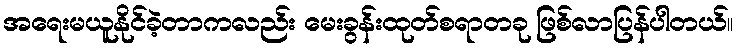
အရေးမယူနိုင်ခဲ့တာကလည်း မေးခွန်းထုတ်စရာတခု ဖြစ်လာပြန်ပါတယ်။